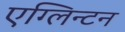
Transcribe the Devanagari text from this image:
एग्लिन्टन